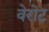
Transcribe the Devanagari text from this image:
वेरोट